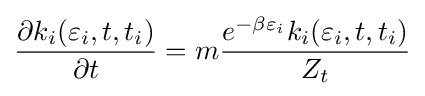
{\frac {\partial k_{i}(\varepsilon _{i},t,t_{i})}{\partial t}}=m{\frac {e^{-\beta \varepsilon _{i}}k_{i}(\varepsilon _{i},t,t_{i})}{Z_{t}}}